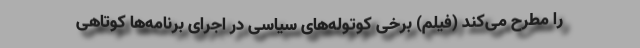
را مطرح می‌کند (فیلم) برخی کوتوله‌های سیاسی در اجرای برنامه‌ها کوتاهی